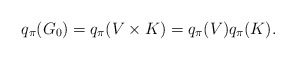
\begin{align*}q_\pi(G_0)=q_\pi(V\times K)=q_\pi(V)q_\pi(K). \end{align*}